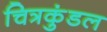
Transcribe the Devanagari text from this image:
चित्रकुंडल